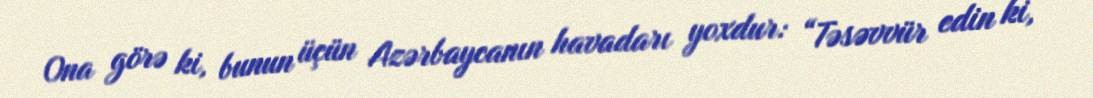
Ona görə ki, bunun üçün Azərbaycanın havadarı yoxdur: “Təsəvvür edin ki,